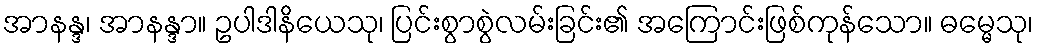
အာနန္ဒ၊ အာနန္ဒာ။ ဥပါဒါနိယေသု၊ ပြင်းစွာစွဲလမ်းခြင်း၏ အကြောင်းဖြစ်ကုန်သော။ ဓမ္မေသု၊